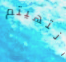
انتهيتم